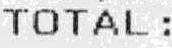
TOTAL :